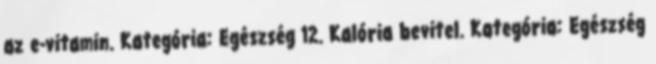
az e-vitamin. Kategória: Egészség 12. Kalória bevitel. Kategória: Egészség